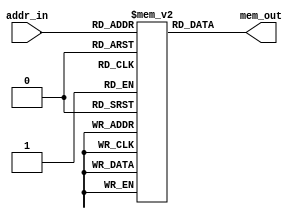
/////////////////////////main instruction memory 
////////////////////////the instructions are 1 by 1 executed 
module inst_memory (addr_in, mem_out); 

parameter DATA_WIDTH = 16 ;
parameter ADDR_WIDTH = 8 ;
parameter RAM_DEPTH = 1 << ADDR_WIDTH;
input [ADDR_WIDTH-1:0] addr_in   ;
output [DATA_WIDTH-1:0]  mem_out ;
reg [DATA_WIDTH-1:0]   data_out ;
reg [DATA_WIDTH-1:0] mem [0:RAM_DEPTH-1];

initial begin
    mem[0]= {4'b0000,3'b001,3'b000,3'b011,1'b0,2'b00};///////ADD
    mem[1]= {4'b1100,3'b010,3'b001,6'b000001};/////////////BEQ
   
    mem[2]= {4'b0000,3'b010,3'b000,3'b011,1'b0,2'b00}; //////////////////////////ADZ
    mem[3]= {4'b0000,3'b001,3'b000,3'b011,1'b0,2'b10}; ///////////////////ADC
    mem[4]= {4'b0000,3'b010,3'b000,3'b011,1'b0,2'b00};////////////////ADD
	 mem[5]= {4'b0000,3'b011,3'b001,3'b011,1'b0,2'b10}; ///////////////////ADC
	  mem[6]= {4'b0000,3'b001,3'b011,3'b001,1'b0,2'b00};///////ADD
	  mem[7]= {4'b0000,3'b010,3'b001,3'b011,1'b0,2'b10}; ///////////////////ADC
	  mem[8]= {4'b0000,3'b011,3'b010,3'b100,1'b0,2'b00};///////ADD
	  mem[9]= {4'b0000,3'b011,3'b010,3'b010,1'b0,2'b00};///////ADD
   // mem[5]= {4'b0000,3'b000,3'b101,3'b100,1'b0,2'b00};
   // mem[6]= {4'b0000,3'b010,3'b110,3'b101,1'b0,2'b00}; //branch
   // mem[7]= {4'b0000,3'b000,3'b011,3'b110,1'b0,2'b00};
    /*mem[3]=32'h00000016;
    mem[4]=32'h00000074;
    mem[5]=32'h00000090;
    mem[6]=32'h00000077;
    mem[7]=32'h00000021;
    mem[8]=32'h00000011;
    mem[9]=32'h00000029;*/

  end

assign mem_out = data_out; 

//reading

always @ (addr_in)
begin : MEM_READ
    
         data_out = mem[addr_in];
    
end

endmodule